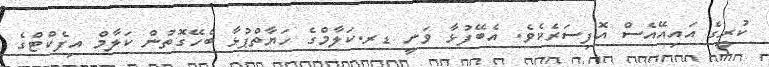
ކުރީގެ އައިއޭއެސް އޮފިސަރެކެވެ. އެބޭފުޅާ ވަނީ ޑރ.ކަލާމްގެ ހަޔާތްޕުޅާ ބެހޭގޮތުން ކަލާމް އިފެކްޓްގެ